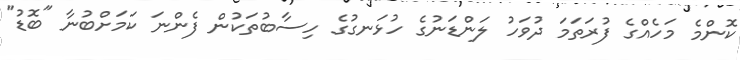
ކޮންމެ މަހެއްގެ ފުރަތަމަ ދުވަހު ލަންޑަނުގެ ހުޅަނގުގެ ހިސާބުތަކުން ފެންނަ ކަމަށްބުނާ "ބޮޑު"